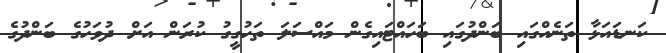
ކަނޑައަޅާ ތަނެއްގައި ބަންދުގައި ބަހައްޓައިގެން މައްސަލަ ތަހުގީގު ކުރަން އަށް ދުވަހުގެ ބަންދުގެ